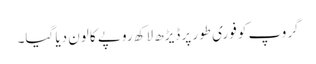
گروپ کو فوری طور پر ڈیڑھ لاکھ روپے کا لون دیا گیا۔